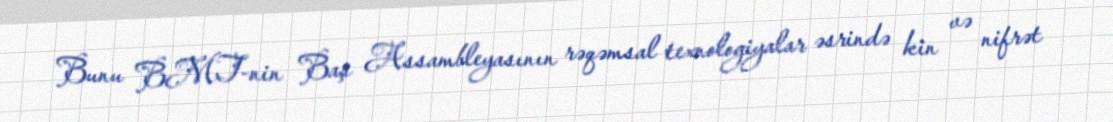
Bunu BMT-nin Baş Assambleyasının rəqəmsal texnologiyalar əsrində kin və nifrət